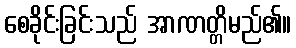
စေခိုင်းခြင်းသည် အာဏတ္တိမည်၏။